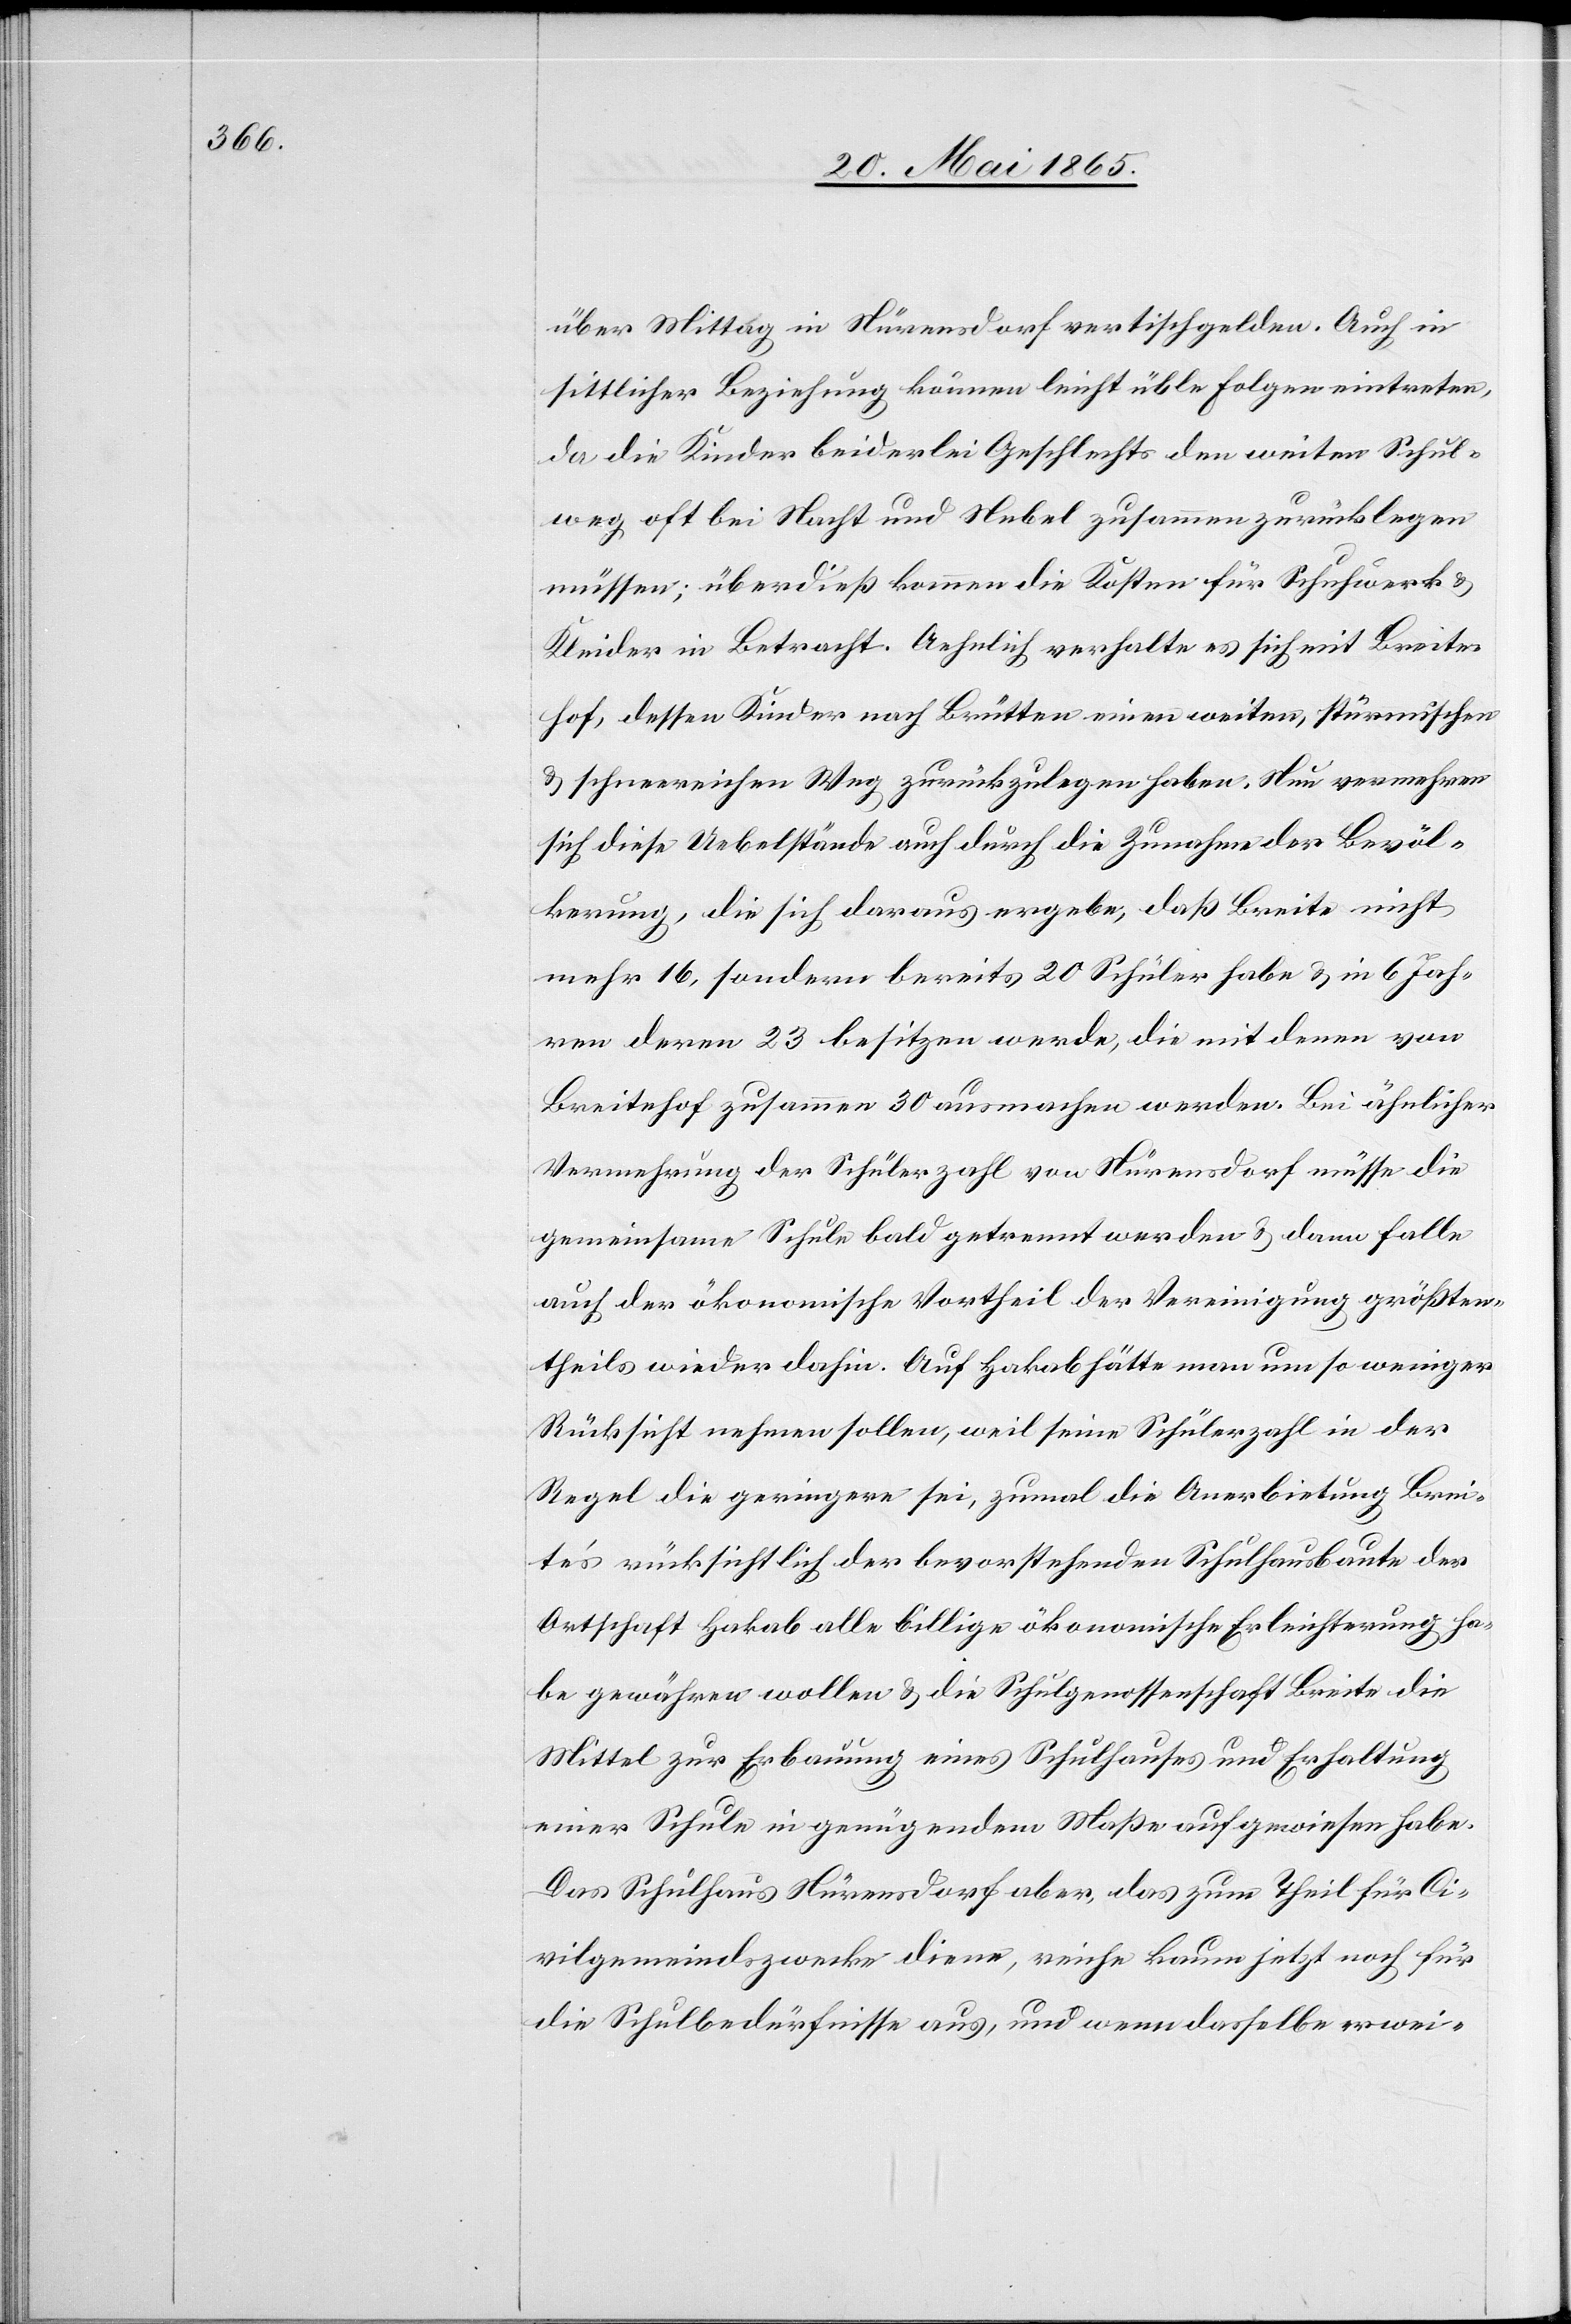
über Mittag in Nürensdorf vertischgelden. Auch in
sittlicher Beziehung können leicht üble Folgen eintreten,
da die Kinder beiderlei Geschlechts den weiten Schul¬
weg oft bei Nacht und Nebel zusammen zurücklegen
müssen; überdieß kommen die Kosten für Schuhwerk &
Kleider in Betracht. Aehnlich verhalte es sich mit Breite¬
hof, dessen Kinder nach Brütten einen weiten, stürmischen
& schneereichen Weg zurückzulegen haben. Nun vermehren
sich diese Uebelstände auch durch die Zunahme der Bevöl¬
kerung, die sich daraus ergebe, daß Breite nicht
mehr 16, sondern bereits 20 Schüler habe & in 6 Jah¬
ren deren 23 besitzen werde, die mit denen von
Breitehof zusammen 30 ausmachen werden. Bei ähnlicher
Vermehrung der Schülerzahl von Nürensdorf müsse die
gemeinsame Schule bald getrennt werden & dann falle
auch der ökonomische Vortheil der Vereinigung größten¬
theils wieder dahin. Auf Hakab hätte man um so weniger
Rücksicht nehmen sollen, weil seine Schülerzahl in der
Regel die geringere sei, zumal die Anerbietung Brei¬
te’s rücksichtlich der bevorstehenden Schulhausbaute der
Ortschaft Hakab alle billige ökonomische Erleichterung ha¬
be gewähren wollen & die Schulgenossenschaft Breite die
Mittel zur Erbauung eines Schulhauses und Erhaltung
einer Schule in genügendem Maße aufgewiesen habe.
Das Schulhaus Nürensdorf aber, das zum Theil für Ci¬
vilgemeindszwecke diene, reiche kaum jetzt noch für
die Schulbedürfnisse aus, und wenn dasselbe erwei-